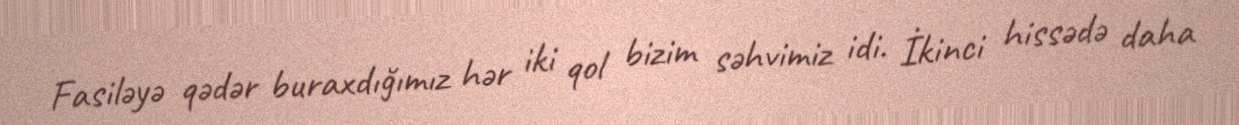
Fasiləyə qədər buraxdığımız hər iki qol bizim səhvimiz idi. İkinci hissədə daha